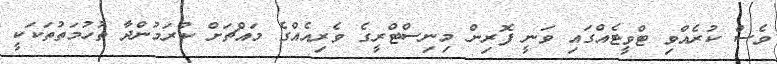
ވެސް ކުރެއްވި ޓްވީޓެއްގައި ވަނީ ފޮރިން މިނިސްޓްރީގެ ވެރިއެއްގެ މައްޗަށް ކުރަމުންދާ ތުހުމަތުތަކަކީ